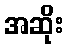
အဆိုး